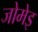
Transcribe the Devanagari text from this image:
जोमेइ